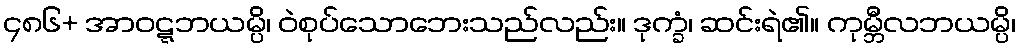
၄၈၆+ အာဝဋ္ဋဘယမ္ပိ၊ ဝဲစုပ်သောဘေးသည်လည်း။ ဒုက္ခံ၊ ဆင်းရဲ၏။ ကုမ္ဘီလဘယမ္ပိ၊